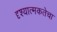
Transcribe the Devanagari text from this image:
दृश्यात्मकतेचा